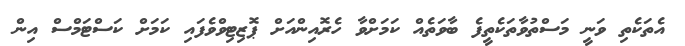
އެތަކެތި ވަނީ މަސްތުވާތަކެތީފެ ބާވަތެއް ކަމަށްވާ ހެރޮއިންއަށް ޕޮޒިޓިވްވެފައި ކަމަށްް ކަސްޓަމްސް އިން